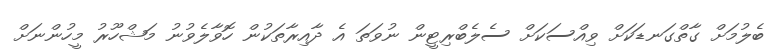
ބެލުމަށް ގާތްގަނޑަކަށް ވިއްސަކަށް ސެލެބްރިޓީން ނުވަތަ އެ ދާއިރާތަކުން ހޮވާލެވުނު މަޝްހޫރު މީހުންނަށް